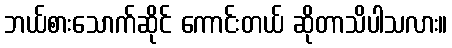
ဘယ်စားသောက်ဆိုင် ကောင်းတယ် ဆိုတာသိပါသလား။